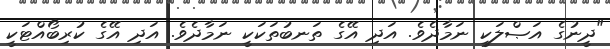
"ދީނުގެ އަޞްލަކީ ނަމާދެވެ. އަދި އޭގެ ތަނބުތަކަކީ ނަމާދެވެ. އަދި އޭގެ ކުރިބޯއްޓަކީ